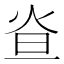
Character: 𤇁